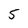
Character: 5